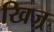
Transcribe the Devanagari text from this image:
खिज़्र